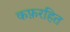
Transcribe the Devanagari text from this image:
कफ़रहित